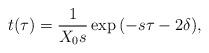
LaTeX: \begin{align*}t(\tau )=\frac 1{X_0s}\exp {(-s\tau -2\delta )},\end{align*}